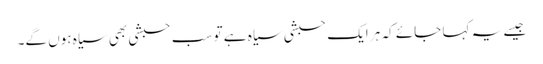
جیسے یہ کہا جائے کہ ہر ایک حبشی سیاہ ہے تو سب حبشی بھی سیاہ ہوں گے۔